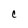
Character: C